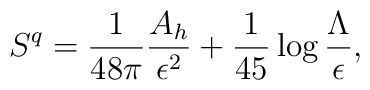
S^q={1 \over 48\pi} {A_h \over \epsilon^2}+{1 \over 45} \log {\Lambda \over\epsilon},